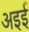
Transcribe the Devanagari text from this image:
अइई